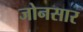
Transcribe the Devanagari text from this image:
जोनसार